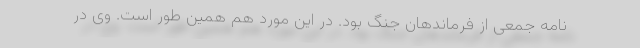
نامه جمعی از فرماندهان جنگ بود. در این مورد هم همین طور است. وی در